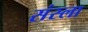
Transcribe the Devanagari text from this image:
संस्ला